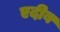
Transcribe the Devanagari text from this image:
एदीब